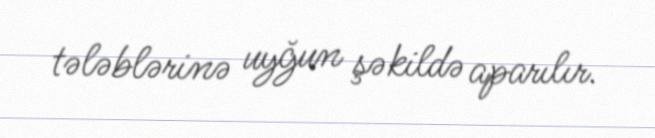
tələblərinə uyğun şəkildə aparılır.